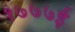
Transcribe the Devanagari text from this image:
१७७७ई